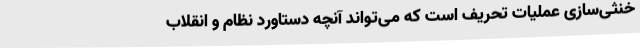
خنثی‌سازی عملیات تحریف است که می‌تواند آنچه دستاورد نظام و انقلاب